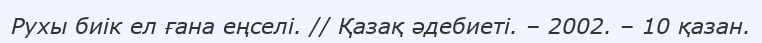
Рухы биік ел ғана еңселі. // Қазақ әдебиеті. – 2002. – 10 қазан.